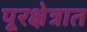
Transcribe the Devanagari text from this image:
पूरक्षेत्रात